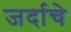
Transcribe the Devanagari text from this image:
जर्दाचे